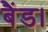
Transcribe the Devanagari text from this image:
बैंड।